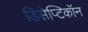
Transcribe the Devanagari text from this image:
डिसेप्टिकॉन